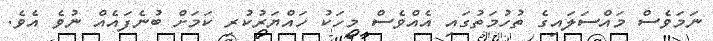
ނަމަވެސް މައްސަލައިގެ ތުހުމަތުގައި އެއްވެސް މީހަކު ހައްޔަރުކުރި ކަމަށް ބުނެފައެއް ނުވެ އެވެ.